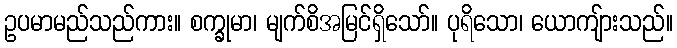
ဥပမာမည်သည်ကား။ စက္ခုမာ၊ မျက်စိအမြင်ရှိသော်။ ပုရိသော၊ ယောကျ်ားသည်။